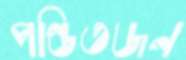
পণ্ডিতজন